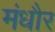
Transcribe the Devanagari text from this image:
मंधौर